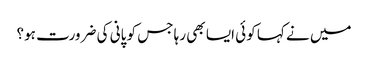
میں نے کہا کوئی ایسا بھی رہا جس کو پانی کی ضرورت ہو؟